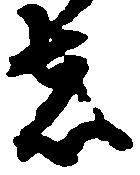
者